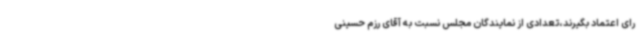
رای اعتماد بگیرند،تعدادی از نمایندگان مجلس نسبت به آقای رزم حسینی